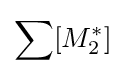
\sum [M_{2}^{*}]